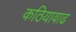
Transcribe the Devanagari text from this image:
कठियावाढ